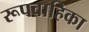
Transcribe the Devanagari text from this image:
रूपवाहिका